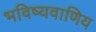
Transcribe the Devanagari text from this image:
भविष्यवाणिय